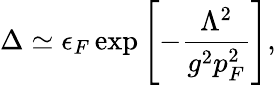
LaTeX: \Delta\simeq\epsilon_{F}\exp\left[-{\frac{\Lambda^{2}}{g^{2}p_{F}^{2}}}\right],